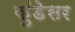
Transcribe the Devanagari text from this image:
कुंडेसर